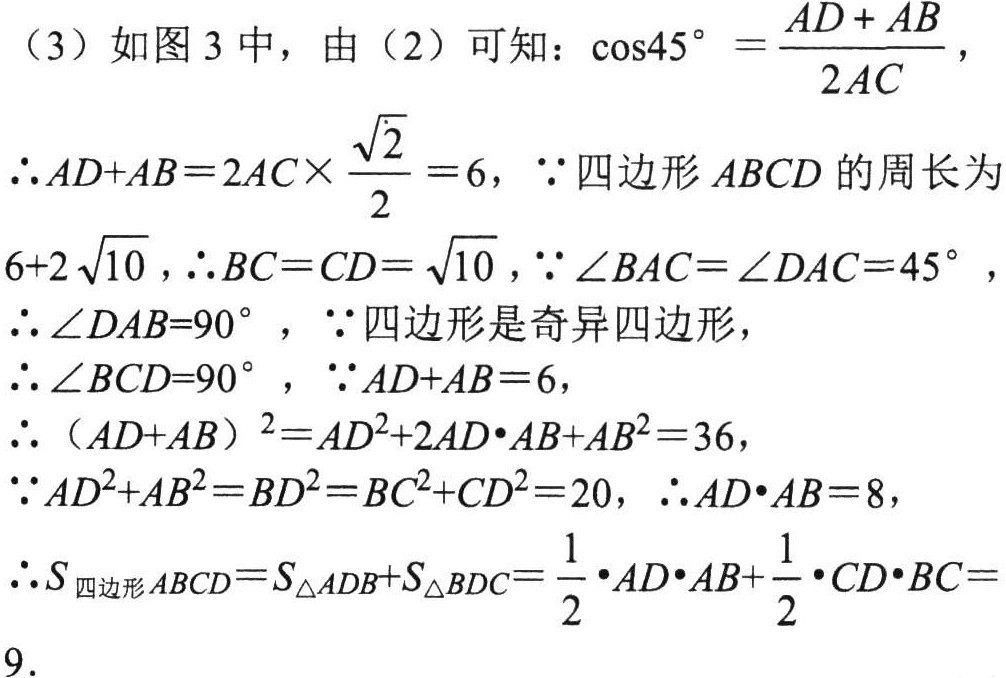
（3）如图3中，由（2）可知：\(\cos45^{\circ}=\frac{AD + AB}{2AC}\)，
\(\therefore AD + AB = 2AC\times\frac{\sqrt{2}}{2}=6\)，\(\because\)四边形 \(ABCD\) 的周长为 \(6 + 2\sqrt{10}\)，\(\therefore BC = CD=\sqrt{10}\)，\(\because\angle BAC=\angle DAC = 45^{\circ}\)，
\(\therefore\angle DAB = 90^{\circ}\)，\(\because\)四边形是奇异四边形，
\(\therefore\angle BCD = 90^{\circ}\)，\(\because AD + AB = 6\)，
\(\therefore(AD + AB)^{2}=AD^{2}+2AD\cdot AB + AB^{2}=36\)，
\(\because AD^{2}+AB^{2}=BD^{2}=BC^{2}+CD^{2}=20\)，\(\therefore AD\cdot AB = 8\)，
\(\therefore S_{四边形ABCD}=S_{\triangle ADB}+S_{\triangle BDC}=\frac{1}{2}\cdot AD\cdot AB+\frac{1}{2}\cdot CD\cdot BC = 9\)．